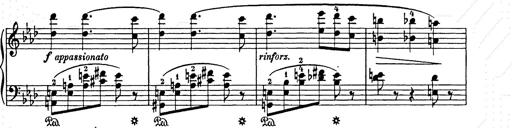
Title: Weihnachtsbaum
Composer: Franz Liszt